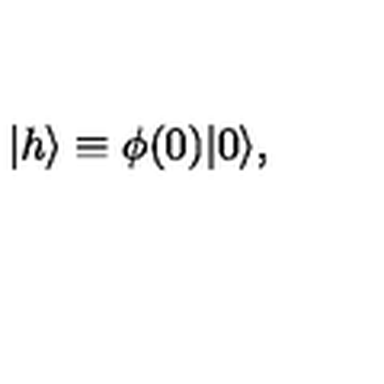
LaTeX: | h \rangle \equiv \phi ( 0 ) | 0 \rangle ,